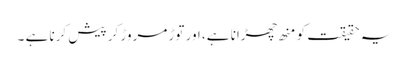
یہ حقیقت کو منھ چھڑانا ہے، اور توڑ مروڑ کر پیش کرنا ہے ۔